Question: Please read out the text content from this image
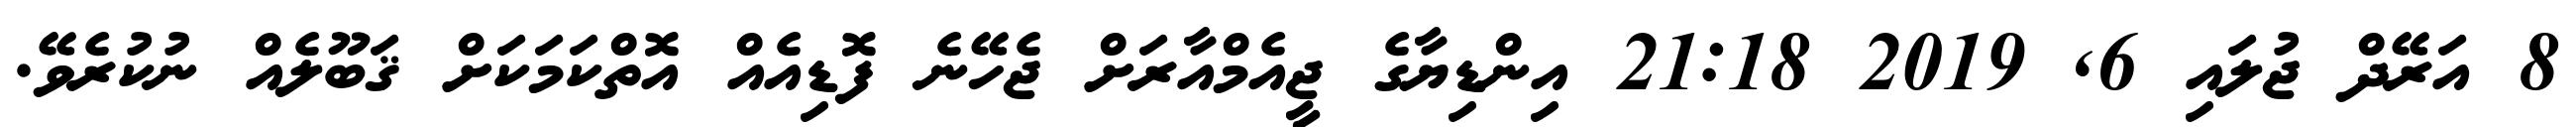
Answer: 8 އަރޭދް ޖުލައި 6, 2019 21:18 އިންޑިޔާގެ ޖީއެމްއާރަށް ޖެހޭނެ ފޮޑިއެއް އޮތްކަމަކަށް ޤަބޫލެއް ނުކުރެވޭ.